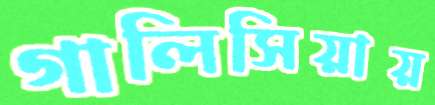
গালিসিয়ায়